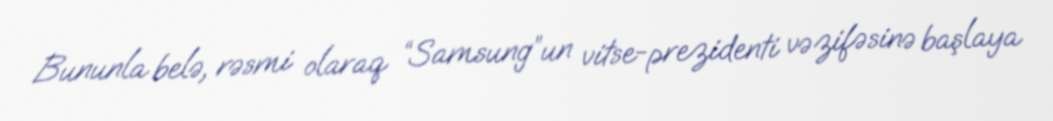
Bununla belə, rəsmi olaraq “Samsung”un vitse-prezidenti vəzifəsinə başlaya